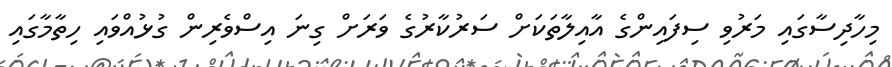
މިހާދިސާގައި މަރުވި ސިފައިންގެ އާއިލާތަކަށް ސަރުކާރުގެ ވަރަށް ގިނަ އިސްވެރިން ގުޅުއްވައި ހިތާމާގައި